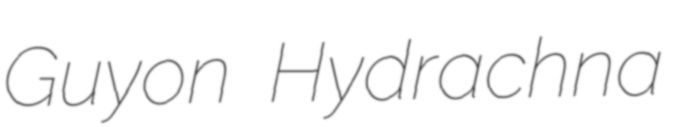
Guyon Hydrachna